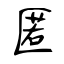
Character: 匿